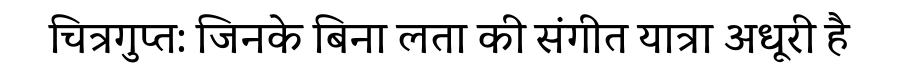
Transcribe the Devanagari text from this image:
चित्रगुप्त: जिनके बिना लता की संगीत यात्रा अधूरी है